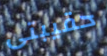
حقيبتى